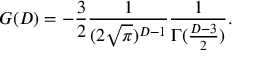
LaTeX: G ( D ) = - \frac { 3 } { 2 } \frac { 1 } { ( 2 \sqrt { \pi } ) ^ { D - 1 } } \frac { 1 } { \Gamma ( \frac { D - 3 } { 2 } ) } .